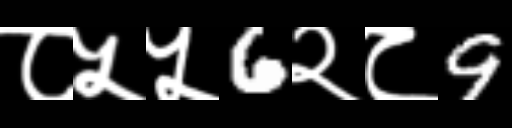
Text: ८५५6२८9